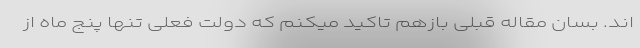
اند. بسان مقاله قبلی بازهم تاکید میکنم که دولت فعلی تنها پنج ماه از